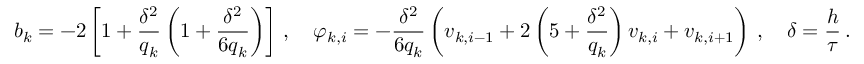
{ b } _ { k } = - 2 \left[ 1 + \frac { { \delta } ^ { 2 } } { { q } _ { k } } \left( 1 + \frac { { \delta } ^ { 2 } } { { 6 } { q } _ { k } } \right) \right] \, , \quad { \varphi } _ { k , i } = - \frac { { \delta } ^ { 2 } } { { 6 } { q } _ { k } } \left( { v } _ { k , i - 1 } + { 2 } \left( 5 + \frac { { \delta } ^ { 2 } } { { q } _ { k } } \right) { v } _ { k , i } + { v } _ { k , i + 1 } \right) \, , \quad \delta = \frac { h } { \tau } \, .